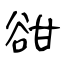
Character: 𧮳